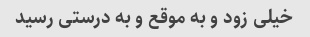
خیلی زود و به موقع و به درستی رسید